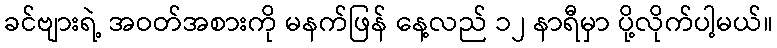
ခင်ဗျားရဲ့ အဝတ်အစားကို မနက်ဖြန် နေ့လည် ၁၂ နာရီမှာ ပို့လိုက်ပါ့မယ်။